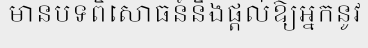
មានបទពិសោធន៍នឹងផ្តល់ឱ្យអ្នកនូវ